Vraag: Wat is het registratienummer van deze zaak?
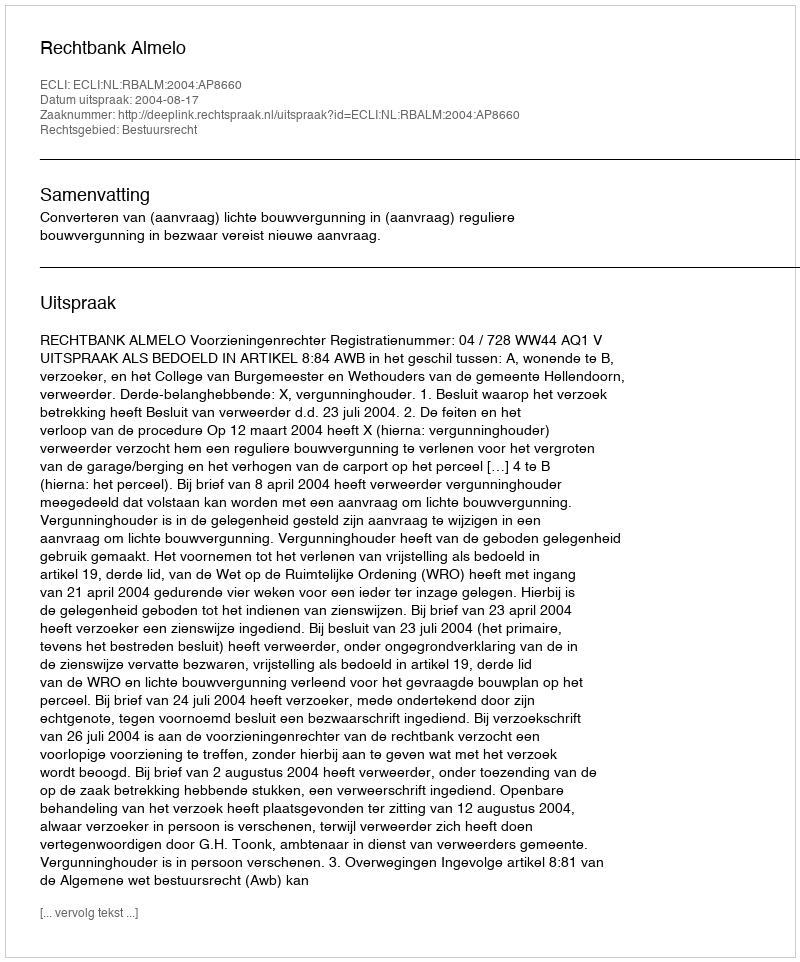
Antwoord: http://deeplink.rechtspraak.nl/uitspraak?id=ECLI:NL:RBALM:2004:AP8660